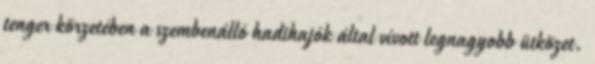
tenger körzetében a szembenálló hadihajók által vívott legnagyobb ütközet.